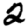
Digit: 2